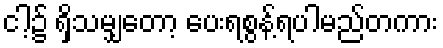
ငါ့၌ ရှိသမျှတော့ ပေးရစွန့်ရပါမည်တကား